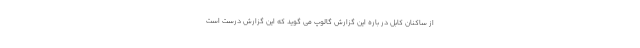
از ساکنان کابل در باره این گزارش گالوپ می گوید که این گزارش درست است